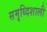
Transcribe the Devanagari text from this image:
समृध्दिशाली